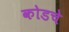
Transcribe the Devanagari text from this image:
कोडचे